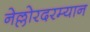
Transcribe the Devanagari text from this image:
नेल्लोरदरम्यान